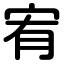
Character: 宥